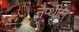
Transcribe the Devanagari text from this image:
नैप्थील